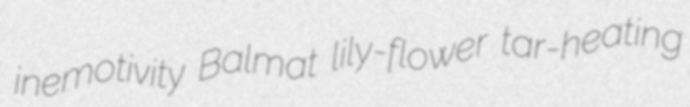
inemotivity Balmat lily-flower tar-heating